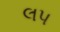
લપ